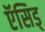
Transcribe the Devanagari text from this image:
ऍसिड्